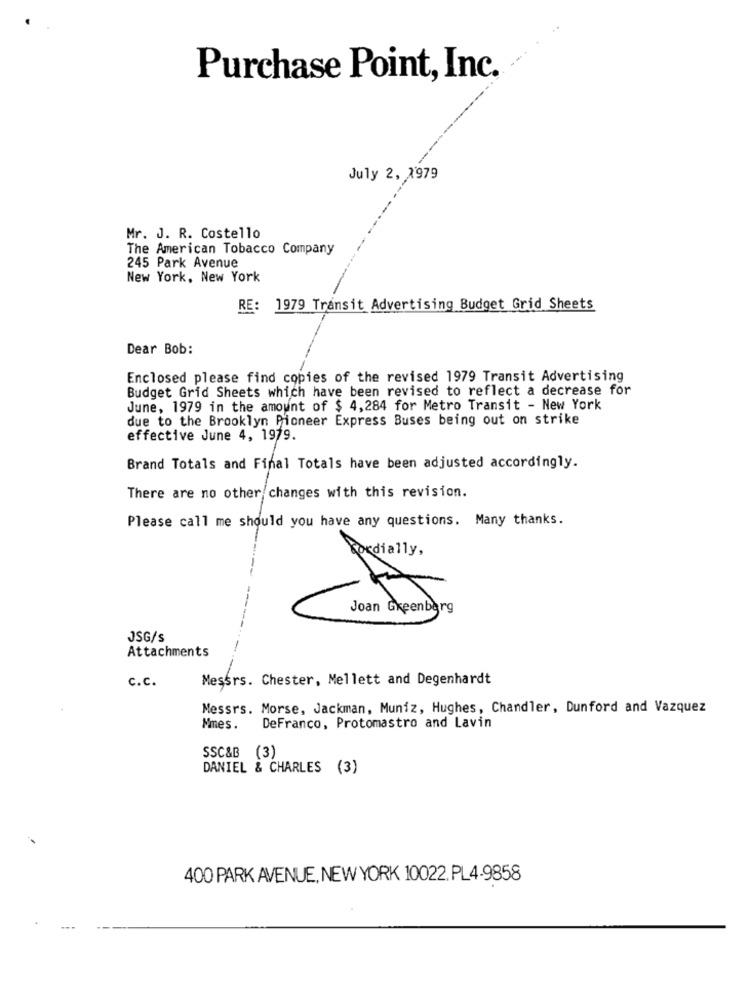
Purchase Point, Inc.
July 2, X'979
Mr. J. R. Costello
The American Tobacco Company
245 Park Avenue
New York, New York
RE: 1979 Transit Advertising Budget Grid Sheets
Dear Bob:
Enclosed please find copies of the revised 1979 Transit Advertising
Budget Grid Sheets which have been revised to reflect a decrease for
June, 1979 in the amount of $ 4,284 for Metro Transit - New York
due to the Brooklyn Pioneer Express Buses being out on strike
effective June 4, 1979.
Brand Totals and Final Totals have been adjusted accordingly.
There are no other changes with this revision.
Please call me should you have any questions. Many thanks.
Cordially,
Joan Greenberg
JSG/s
Attachments
c.c.
Messrs. Chester, Mellett and Degenhardt
Messrs. Morse, Jackman, Muniz, Hughes, Chandler, Dunford and Vazquez
Mmes.
DeFranco, Protomastro and Lavin
SSC&B (3)
DANIEL & CHARLES (3)
400 PARK AVENUE, NEW YORK 10022. PL4-9858